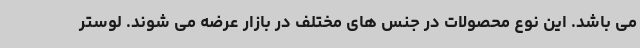
می باشد. این نوع محصولات در جنس های مختلف در بازار عرضه می شوند. لوستر